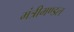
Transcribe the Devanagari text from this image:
मंत्रीमण्‍डल